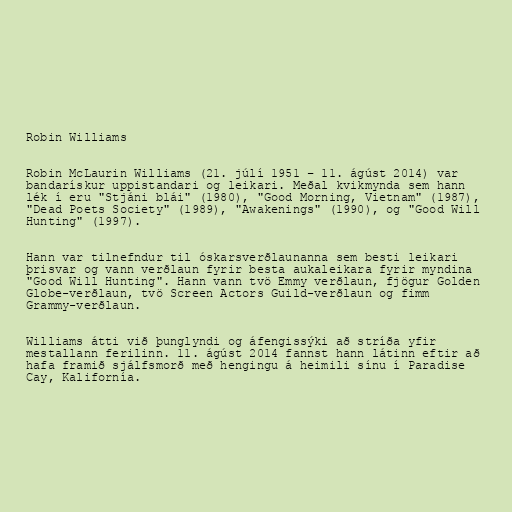
Robin Williams

Robin McLaurin Williams (21. júlí 1951 – 11. ágúst 2014) var
bandarískur uppistandari og leikari. Meðal kvikmynda sem hann
lék í eru "Stjáni blái" (1980), "Good Morning, Vietnam" (1987),
"Dead Poets Society" (1989), "Awakenings" (1990), og "Good Will
Hunting" (1997).

Hann var tilnefndur til óskarsverðlaunanna sem besti leikari
þrisvar og vann verðlaun fyrir besta aukaleikara fyrir myndina
"Good Will Hunting". Hann vann tvö Emmy verðlaun, fjögur Golden
Globe-verðlaun, tvö Screen Actors Guild-verðlaun og fimm
Grammy-verðlaun.

Williams átti við þunglyndi og áfengissýki að stríða yfir
mestallann ferilinn. 11. ágúst 2014 fannst hann látinn eftir að
hafa framið sjálfsmorð með hengingu á heimili sínu í Paradise
Cay, Kalifornía.